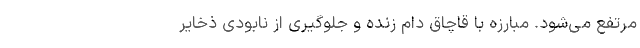
مرتفع می‌شود. مبارزه با قاچاق دام زنده و جلوگیری از نابودی ذخایر